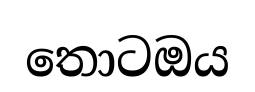
තොටඔය